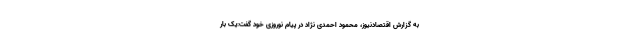
به گزارش اقتصادنیوز، محمود احمدی نژاد در پیام نوروزی خود گفت:یک بار